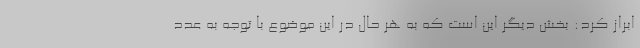
ابراز کرد: بخش دیگر این است که به هر حال در این موضوع با توجه به عدد